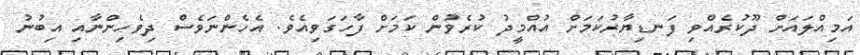
އަމިއްލައަށް ދޫކުރެއްވި ފަނޑިޔާރުކަމަށް އުއްމީދު ކުރެވުން ކަމަށް ފާހަގަވިއެވެ. އެހެންނަވެސް ދިވެހިންނާއި އިބުނު